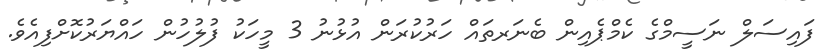
ފައިސަލް ނަސީމްގެ ކެމްޕެއިން ބެނަރތައް ހަރުކުރަން އުޅުނު 3 މީހަކު ފުލުހުން ހައްޔަރުކޮށްފިއެވެ.